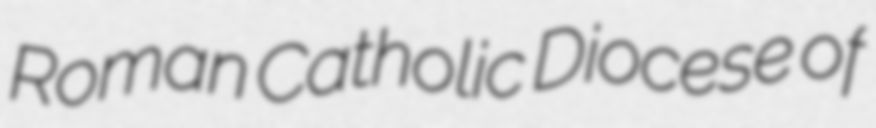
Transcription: Roman Catholic Diocese of